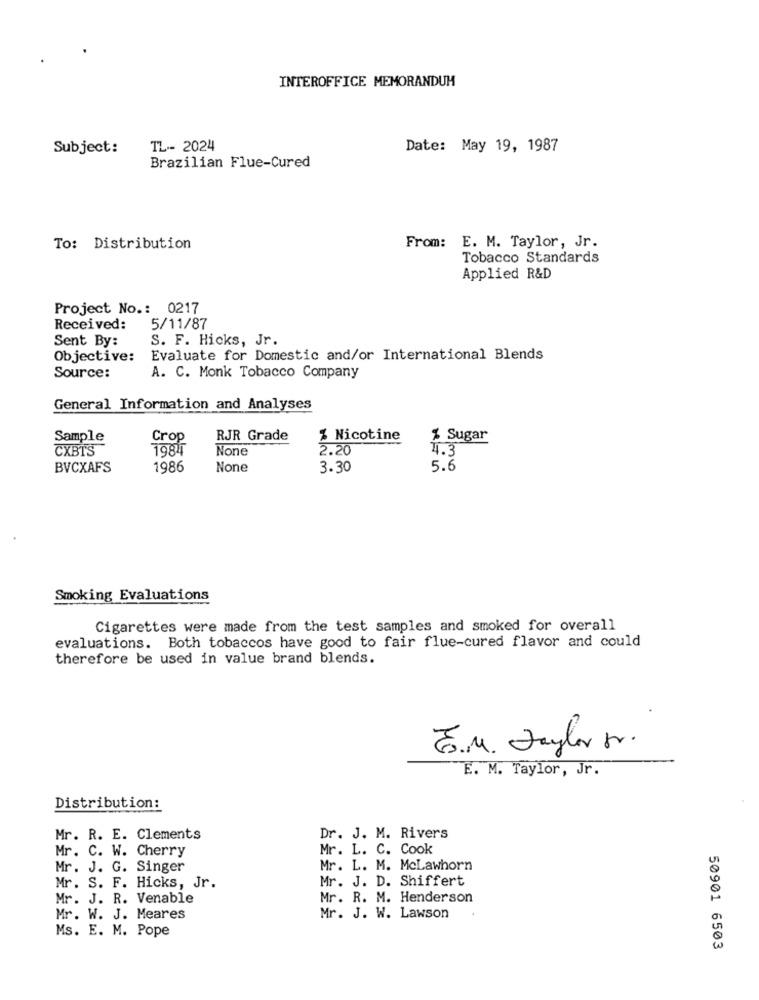
INTEROFFICE MEMORANDUM
Subject:
TL -- 2024
Date: May 19, 1987
Brazilian Flue-Cured
To: Distribution
From: E. M. Taylor, Jr.
Tobacco Standards
Applied R&D
Project No .: 0217
Received:
5/11/87
Sent By:
S. F. Hicks, Jr.
Objective:
Evaluate for Domestic and/or International Blends
Source:
A. C. Monk Tobacco Company
General Information and Analyses
Sample
Crop
RJR Grade
% Nicotine
% Sugar
CXBTS
1981
2.20
4.3
BVCXAFS
1986
3.30
5.6
Smoking Evaluations
Cigarettes were made from the test samples and smoked for overall
evaluations. Both tobaccos have good to fair flue-cured flavor and could
therefore be used in value brand blends.
E.M. Taylor fr.
E. M. Taylor, Jr.
Distribution:
Mr. R. E. Clements
Dr. J. M. Rivers
Mr. C. W. Cherry
Mr. L. C. Cook
Mr. J. G. Singer
Mr. L. M. McLawhorn
Mr. J. D. Shiffert
Mr. S. F. Hicks, Jr.
Mr. J. R. Venable
Mr. R. M. Henderson
Mr. W. J. Meares
Mr. J. W. Lawson
Ms. E. M. Pope
50901 6503